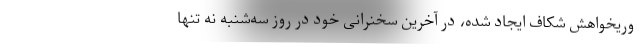
وریخواهش شکاف ایجاد شده، در آخرین سخنرانی خود در روز سه‌شنبه نه تنها